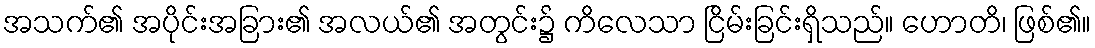
အသက်၏ အပိုင်းအခြား၏ အလယ်၏ အတွင်း၌ ကိလေသာ ငြိမ်းခြင်းရှိသည်။ ဟောတိ၊ ဖြစ်၏။